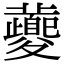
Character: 𡖂